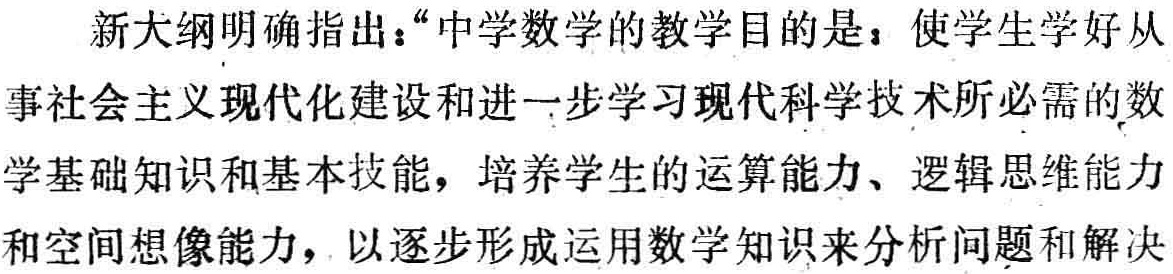
新大纲明确指出：“中学数学的教学目的是：使学生学好从事社会主义现代化建设和进一步学习现代科学技术所必需的数学基础知识和基本技能，培养学生的运算能力、逻辑思维能力和空间想像能力，以逐步形成运用数学知识来分析问题和解决